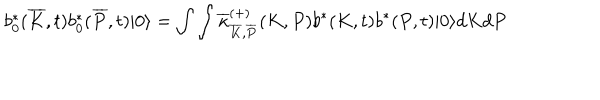
LaTeX: b _ { 0 } ^ { \ast } ( \overline { { { K } } } , t ) b _ { 0 } ^ { \ast } ( \overline { { { P } } } , t ) | 0 \rangle = \int \int \overline { { { \kappa } } } _ { \overline { { { K } } } , \overline { { { P } } } } ^ { ( + ) } ( K , P ) b ^ { \ast } ( K , t ) b ^ { \ast } ( P , t ) | 0 \rangle d K d P